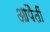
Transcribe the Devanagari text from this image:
आपैतीं